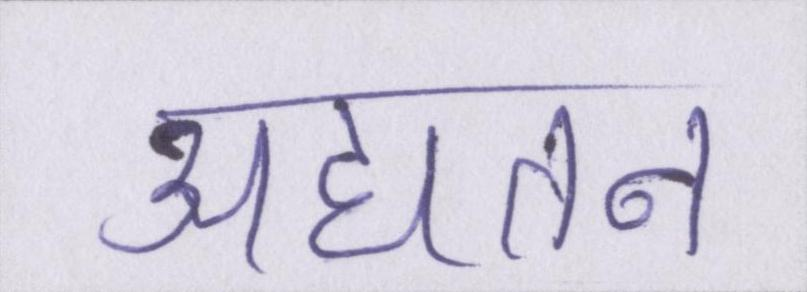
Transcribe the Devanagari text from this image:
अद्यतन